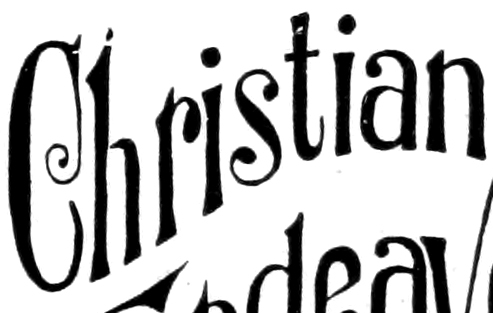
Christian